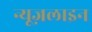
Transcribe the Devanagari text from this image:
न्यूज़लाइन